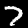
Label: 7